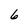
Character: 6